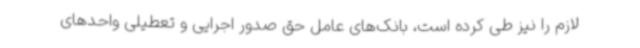
لازم را نیز طی کرده است، بانک‌های عامل حق صدور اجرایی و تعطیلی واحدهای